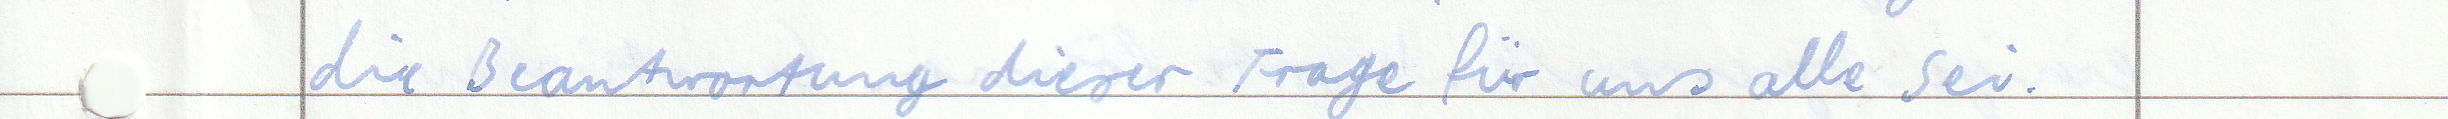
die Beantwortung dieser Frage für uns alle sei.